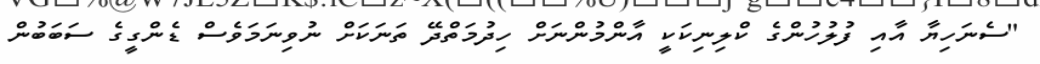
"ސެނަހިޔާ އާއި ފުލުހުންގެ ކްލިނިކަކީ އާންމުންނަށް ހިދުމަތްދޭ ތަނަކަށް ނުވިނަމަވެސް ޑެންގީގެ ސަބަބުން